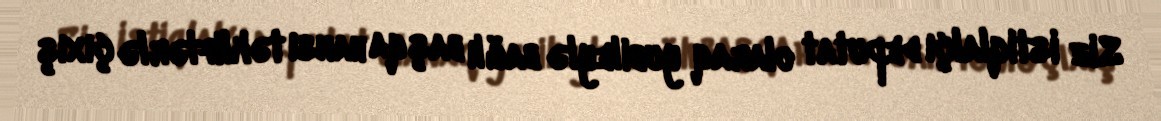
Siz istiqlalçı deputat olaraq yubileylə bağlı başqa hansı təkliflərlə çıxış